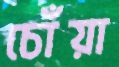
চোঁয়া